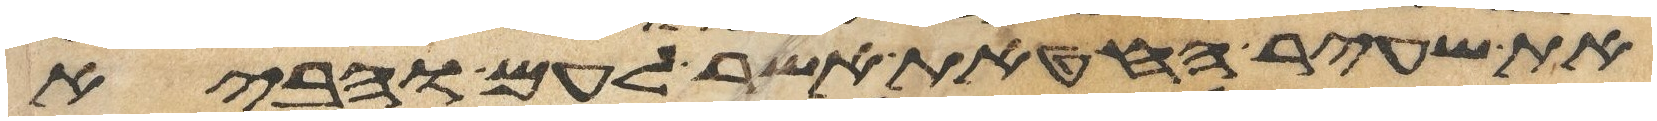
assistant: את שעיר החטאת אשר לעם והביא